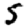
Digit: 5